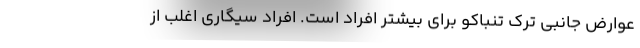
عوارض جانبی ترک تنباکو برای بیشتر افراد است. افراد سیگاری اغلب از